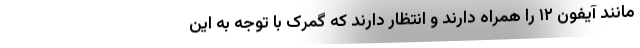
مانند آیفون ۱۲ را همراه دارند و انتظار دارند که گمرک با توجه به این